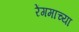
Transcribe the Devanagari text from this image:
रेंगमाच्या